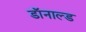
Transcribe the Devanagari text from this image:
डाॅनाल्ड